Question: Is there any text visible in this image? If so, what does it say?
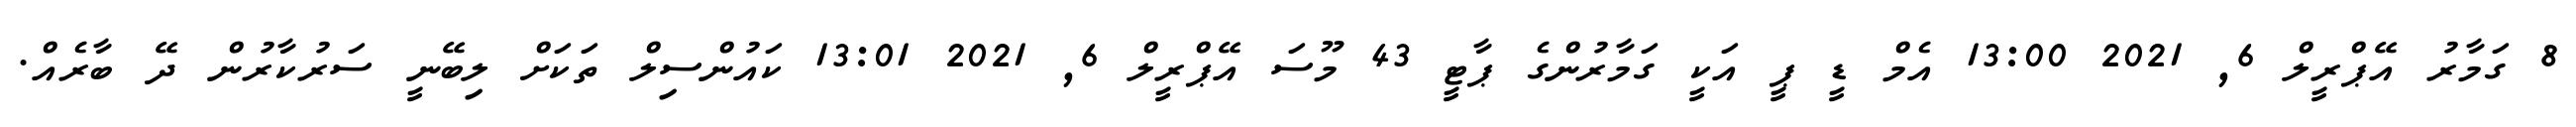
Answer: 8 ގަމާރު އޭޕްރީލް 6, 2021 13:00 އެމް ޑީ ޕީ އަކީ ގަމާރުންގެ ޕާޓީ 43 މޫސަ އޭޕްރީލް 6, 2021 13:01 ކައުންސިލް ތަކަށް ލިބޭނީ ސަރުކާރުން ދޭ ބާރެއް.